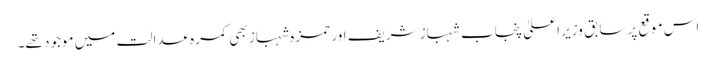
اس موقع پرسابق وزیر اعلیٰ پنجاب شہباز شریف اور حمزہ شہباز بھی کمرہ عدالت میں موجود تھے۔